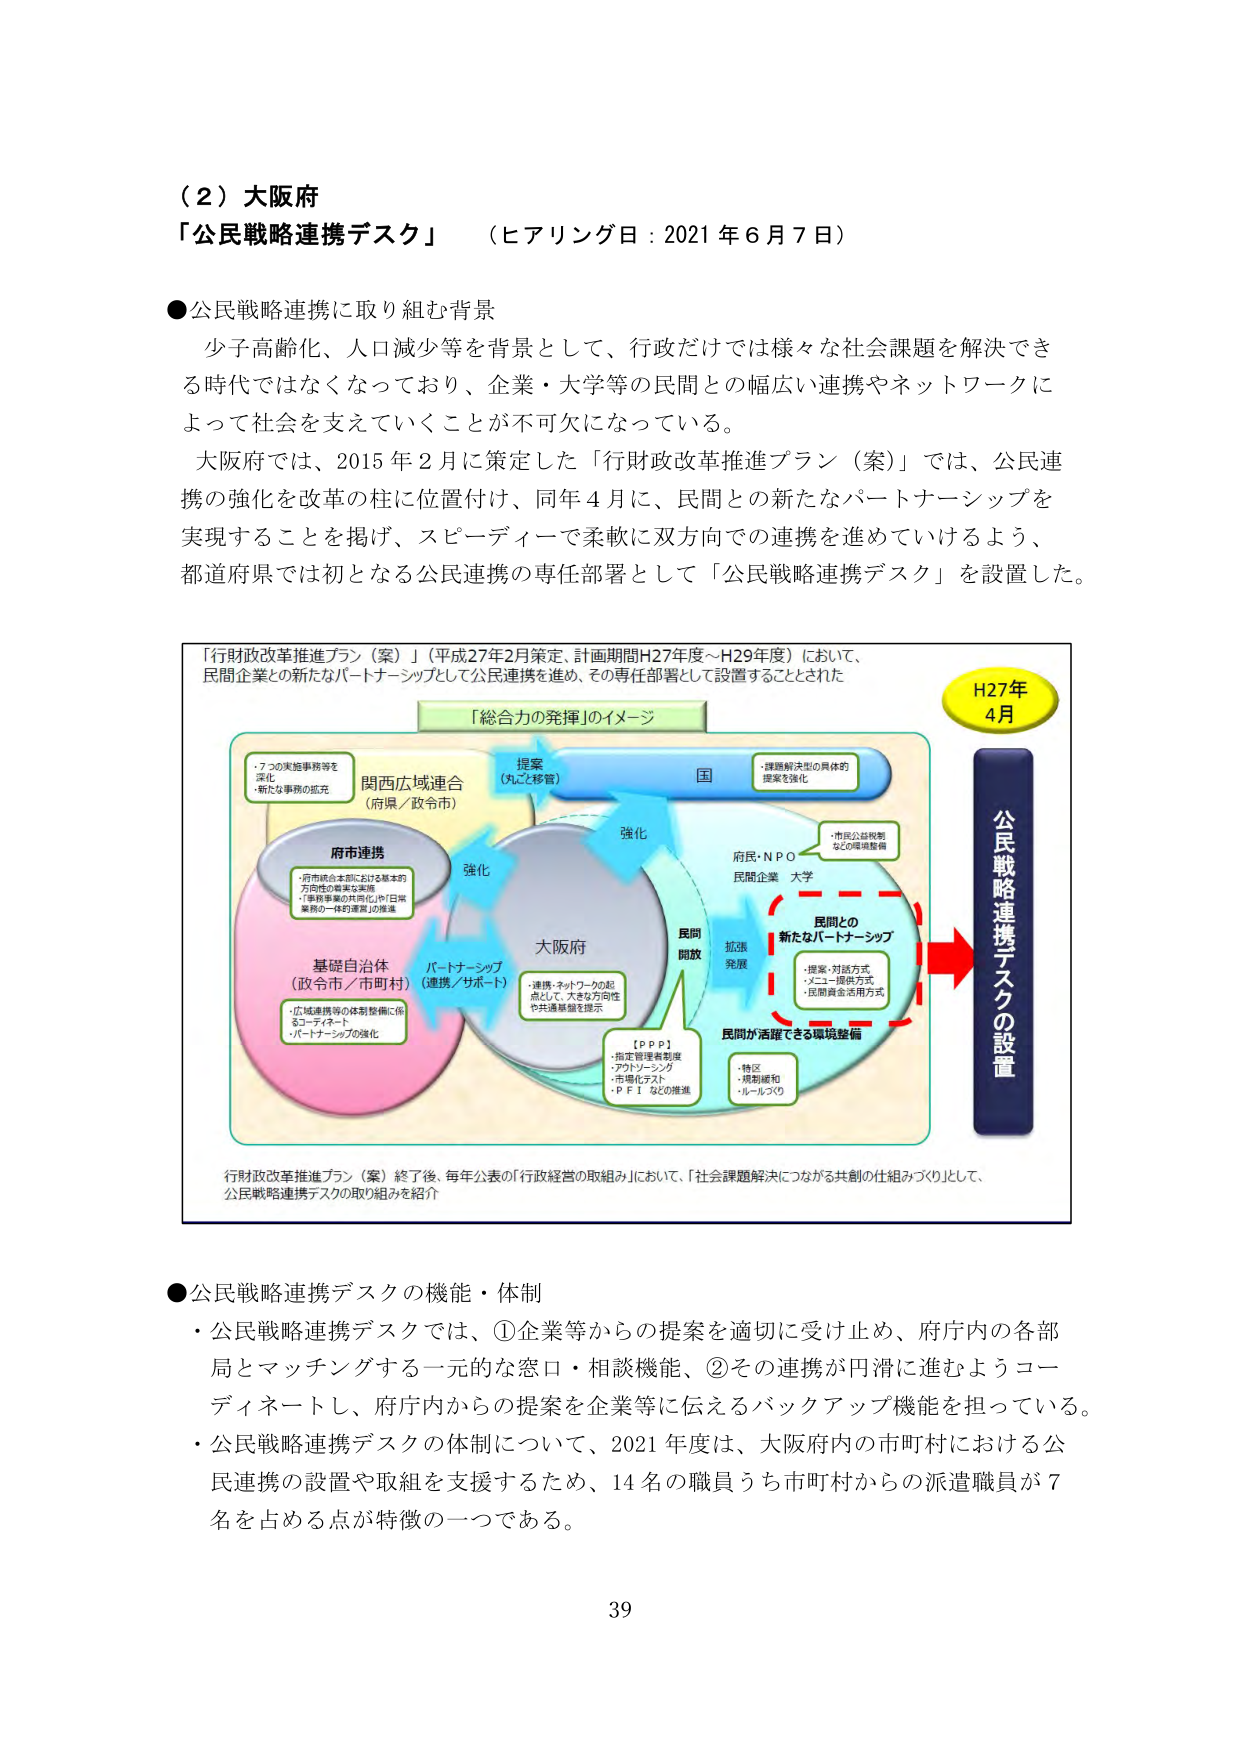
（２）大阪府
「公民戦略連携デスク」（ヒアリング日：2021年6月7日）

●公民戦略連携に取り組む背景
少子高齢化、人口減少等を背景として、行政だけでは様々な社会課題を解決できる時代ではなくなっており、企業・大学等の民間との幅広い連携やネットワークによって社会を支えていくことが不可欠になっている。
大阪府では、2015年2月に策定した「行財政改革推進プラン（案）」では、公民連携の強化を改革の柱に位置付け、同年4月に、民間との新たなパートナーシップを実現することを掲げ、スピーディーで柔軟に双方向での連携を進めていけるよう、都道府県では初となる公民連携の専任部署として「公民戦略連携デスク」を設置した。

「行財政改革推進プラン（案）」（平成27年2月策定、計画期間H27年度～H29年度）において、
民間企業との新たなパートナーシップとして公民連携を進め、その専任部署として設置することとされた

「総合力の発揮」のイメージ

H27年
4月

公民戦略連携デスクの設置

提案
（丸ごと移管）

国
・課題解決型の具体的
提案を強化

関西広域連合
（府県／政令市）
・7つの実施事務等を
深化
・新たな事務の拡充

府市連携
・府市統合本部における基本的
方向性の着実な実現
・「事務事業の共同化」や「日常
業務の一体的運営」の推進

基礎自治体
（政令市／市町村）
・広域連携等の体制整備に係る
コーディネート
・パートナーシップの強化

パートナーシップ
（連携／サポート）

大阪府
・連携・ネットワークの起
点として、大きな方向性
や共通基盤を提示

【ＰＰＰ】
・指定管理者制度
・アウトソーシング
・市場化テスト
・ＰＦＩなどの推進

民間
開放

強化

拡張
発展

民間との
新たなパートナーシップ
・提案・対話方式
・メニュー提供方式
・民間資金活用方式

民間が活躍できる環境整備
・特区
・規制緩和
・ルールづくり

府民・ＮＰＯ
民間企業 大学
・市民公益税制
などの環境整備

行財政改革推進プラン（案）終了後、毎年公表の「行政経営の取組み」において、「社会課題解決につながる共創の仕組みづくり」として、
公民戦略連携デスクの取り組みを紹介

●公民戦略連携デスクの機能・体制
・公民戦略連携デスクでは、①企業等からの提案を適切に受け止め、府庁内の各部局とマッチングする一元的な窓口・相談機能、②その連携が円滑に進むようコーディネートし、府庁内からの提案を企業等に伝えるバックアップ機能を担っている。
・公民戦略連携デスクの体制について、2021年度は、大阪府内の市町村における公民連携の設置や取組を支援するため、14名の職員うち市町村からの派遣職員が7名を占める点が特徴の一つである。

39